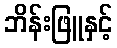
ဘိန်းဖြူနှင့်